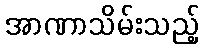
အာဏာသိမ်းသည့်